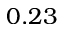
0 . 2 3